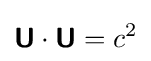
{\boldsymbol {\mathsf {U}}}\cdot {\boldsymbol {\mathsf {U}}}=c^{2}\,\!